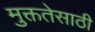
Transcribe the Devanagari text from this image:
मुक्ततेसाठी